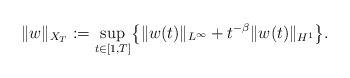
LaTeX: \begin{align*}\|w\|_{X_T} := \sup_{t\in[1,T]} \bigl\{ \|w(t)\|_{L^\infty} + t^{-\beta}\|w(t)\|_{H^1}\bigr\}.\end{align*}